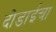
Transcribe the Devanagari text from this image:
दोडाईचा